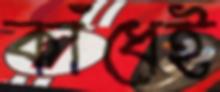
কাঁধেই